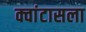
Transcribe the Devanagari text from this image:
क्वांटासला